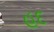
હૂદ